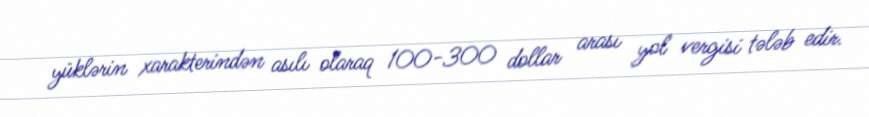
yüklərin xarakterindən asılı olaraq 100-300 dollar arası yol vergisi tələb edir.